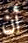
أن